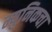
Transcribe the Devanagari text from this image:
म्युनिकचा